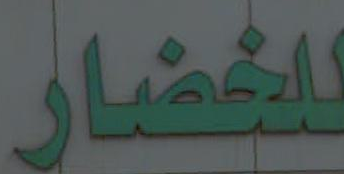
للخضار